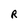
Character: R